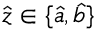
\hat { z } \in \{ \hat { a } , \hat { b } \}